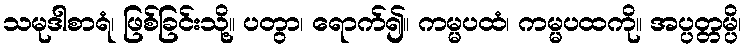
သမုဒါစာရံ၊ ဖြစ်ခြင်းသို့။ ပတွာ၊ ရောက်၍။ ကမ္မပထံ၊ ကမ္မပထကို။ အပ္ပတ္တမ္ပိ၊